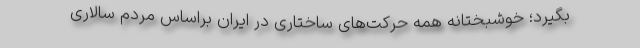
بگیرد؛ خوشبختانه همه حرکت‌های ساختاری در ایران براساس مردم سالاری